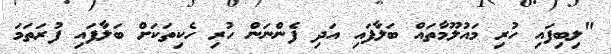
"ލިބިފައި ހުރި މައުލޫމާތައް ބަލާފައި އަދި ފެންނަން ހުރި ހެކިތަކަށް ބަލާފައި ފުރަތަމަ